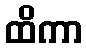
ထိကာ